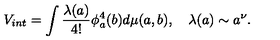
V _ { i n t } = \int \frac { \lambda ( a ) } { 4 ! } \phi _ { a } ^ { 4 } ( b ) d \mu ( a , b ) , \quad \lambda ( a ) \sim a ^ { \nu } .